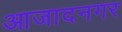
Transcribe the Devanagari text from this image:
आजादनगर